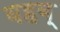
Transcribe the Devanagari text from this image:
वहब्